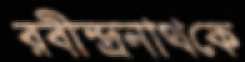
রবীন্দ্রনাথকে